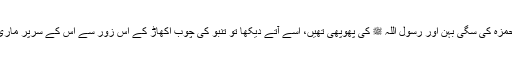
حضرت صفیہؓ نے جو شیر خدا حضرت حمزہؓ کی سگی بہن اور رسول اللہ ﷺ کی پھوپھی تھیں، اسے آتے دیکھا تو تنبو کی چوب اکھاڑ کے اِس زور سے اُس کے سرپر ماری کہ وہ دم بھر میں تڑپ کے ٹھنڈا ہو گیا۔